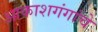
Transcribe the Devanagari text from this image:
आकाशगंगांचे